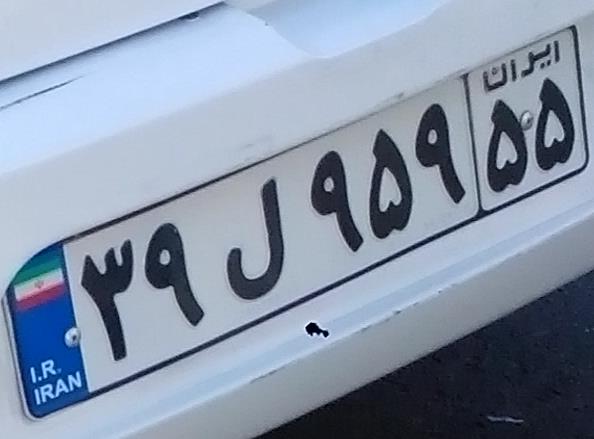
۳۹ل۹۵۹۵۵